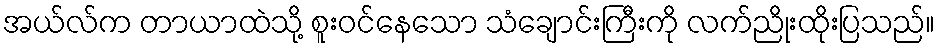
အယ်လ်က တာယာထဲသို့ စူးဝင်နေသော သံချောင်းကြီးကို လက်ညိုးထိုးပြသည်။